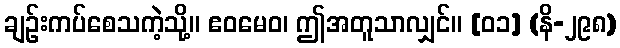
ချဉ်းကပ်စေသကဲ့သို့။ ဧဝမေဝ၊ ဤအတူသာလျှင်။ [၀၁] (နိ-၂၉၈)